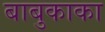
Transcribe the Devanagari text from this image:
बाबुकाका